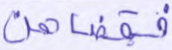
فقضاهن